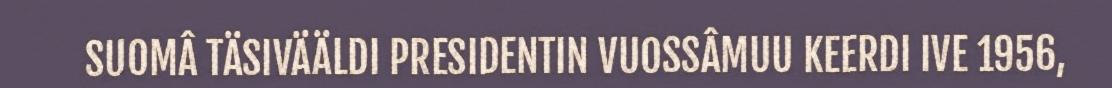
SUOMÂ TÄSIVÄÄLDI PRESIDENTIN VUOSSÂMUU KEERDI IVE 1956,